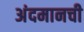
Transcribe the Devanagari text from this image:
अंदमानची